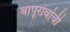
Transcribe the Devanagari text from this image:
बापूरांवांची